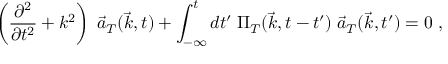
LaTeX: \left( \frac { \partial ^ { 2 } } { \partial t ^ { 2 } } + k ^ { 2 } \right) \; { \vec { a } } _ { T } ( { \vec { k } } , t ) + \int _ { - \infty } ^ { t } d t ^ { \prime } \; \Pi _ { T } ( { \vec { k } } , t - t ^ { \prime } ) \; { \vec { a } } _ { T } ( { \vec { k } } , t ^ { \prime } ) = 0 \; ,